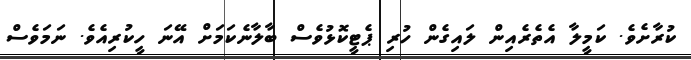
ކުރާށެވެ. ކަމީލާ އެތެރެއިން ލައިގެން ހުރި ޕެޓީކޮޅުވެސް ބާލާނެކަމަށް އޭނަ ހީކުރިއެވެ. ނަމަވެސް